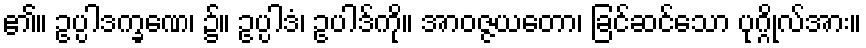
၏။ ဥပ္ပါဒက္ခဏေ၊ ၌။ ဥပ္ပါဒံ၊ ဥပါဒ်ကို။ အာဝဇ္ဇယတော၊ ခြင်ဆင်သော ပုဂ္ဂိုလ်အား။